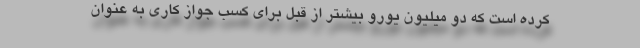
کرده است که دو میلیون یورو بیشتر از قبل برای کسب جواز کاری به عنوان